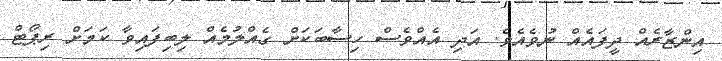
އިންޒާރެއް ދީފައެއް ނުވެއެވެ. އަދި އެއްވެސް ހިސާބަކަށް ގެއްލުމެއް ލިބިފައިވާ ކަމަށް ރިޕޯޓް